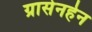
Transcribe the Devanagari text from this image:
ग्रासेनहेन